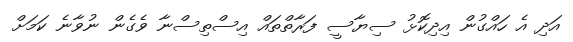
އަދި އެ ހައްގުން އިދިކޮޅު ސިޔާސީ ފަރާތްތައް އިސްތިސްނާ ވެގެން ނުވާނެ ކަމަށް